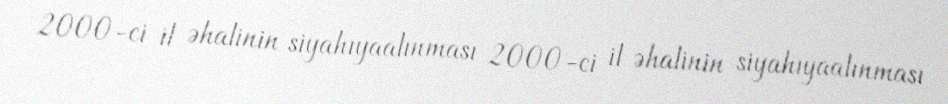
2000-ci il əhalinin siyahıyaalınması 2000-ci il əhalinin siyahıyaalınması